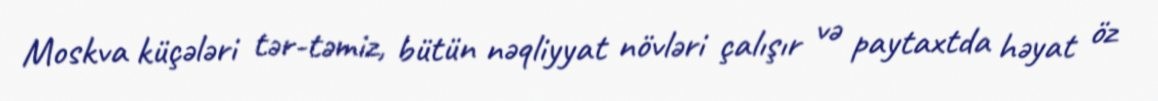
Moskva küçələri tər-təmiz, bütün nəqliyyat növləri çalışır və paytaxtda həyat öz